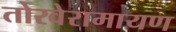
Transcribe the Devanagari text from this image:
तोरवेरामायण